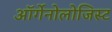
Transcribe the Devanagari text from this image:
ऑर्गेनोलोजिस्ट